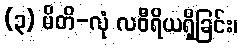
(၃) မိတိ-လုံ လဝီရိယရှိခြင်း၊